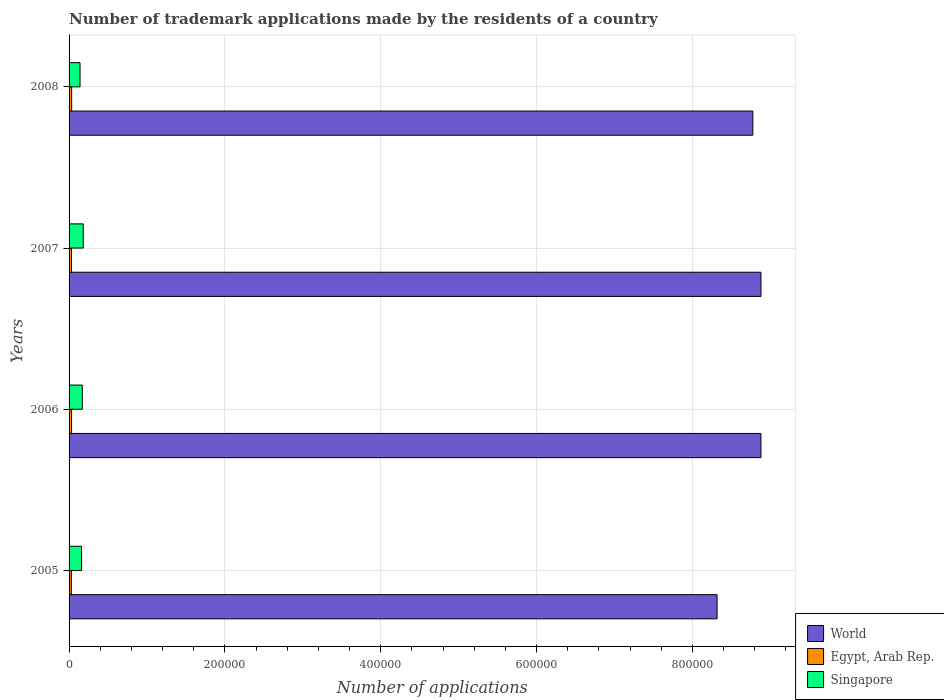
| Years | World | Egypt, Arab Rep. | Singapore |
 | --- | --- | --- | --- |
 | 2005 | 8.32e+05 | 2.95e+03 | 1.6e+04 |
 | 2006 | 8.88e+05 | 3.21e+03 | 1.7e+04 |
 | 2007 | 8.88e+05 | 3.15e+03 | 1.82e+04 |
 | 2008 | 8.78e+05 | 3.34e+03 | 1.41e+04 |